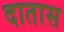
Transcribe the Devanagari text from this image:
दातास